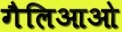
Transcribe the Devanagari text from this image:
गैलिआओ